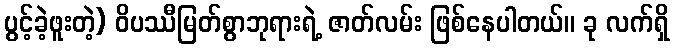
ပွင့်ခဲ့ဖူးတဲ့) ဝိပဿီမြတ်စွာဘုရားရဲ့ ဇာတ်လမ်း ဖြစ်နေပါတယ်။ ခု လက်ရှိ